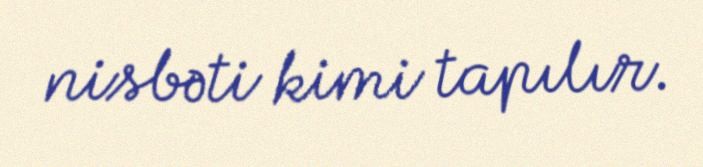
nisbəti kimi tapılır.